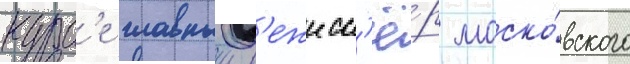
курс'е главныи р'ежисс'ё́р моско́вского